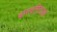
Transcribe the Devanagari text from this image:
वारवनिताओं